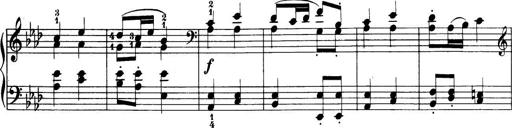
Title: 32 Sonatinas and Rondos for the Piano
Composer: Richard Kleinmichel